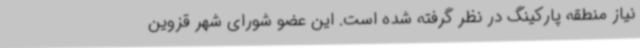
نیاز منطقه پارکینگ در نظر گرفته شده است. این عضو شورای شهر قزوین